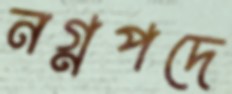
নগ্নপদে